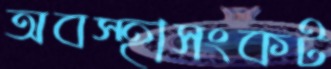
অবস্হাসংকট